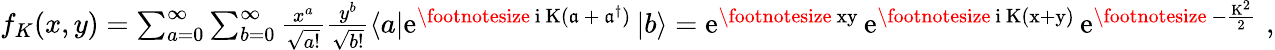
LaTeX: \begin{array}{r}{f_{K}(x,y)=\sum_{a=0}^{\infty}\sum_{b=0}^{\infty}\frac{x^{a}}{\sqrt{a!}}\frac{y^{b}}{\sqrt{b!}}\langle a|\mathrm{e}^{\mathrm{\footnotesize~\mathrm{i}~K(\mathfrak{a}~+~\mathfrak{a}^{\dagger})~}}|b\rangle=\mathrm{e}^{\mathrm{\footnotesize~xy~}}\mathrm{e}^{\mathrm{\footnotesize~\mathrm{i}~K(x+y)~}}\mathrm{e}^{\mathrm{\footnotesize~-\frac{K^{2}}{2}~}}\, ,}\end{array}